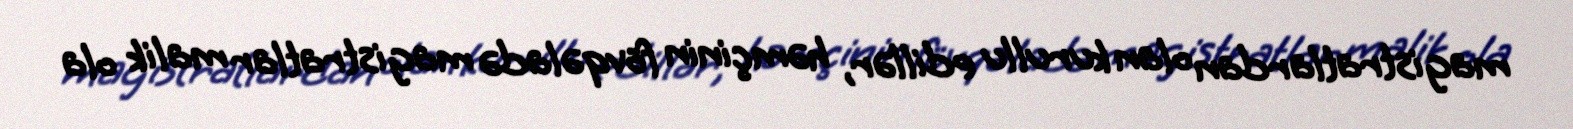
magistratlardan olan kurullu edillər, həmçinin fövqəladə magistratlar malik ola